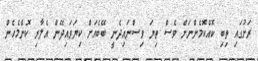
ރަށުގައި ތިބި ކޮއްކޮމެންނަށް ވެސް ތިޔަ ވިސްނައިދެނީ ބޭބެއަށް ކިޔަވައިދޭން އެލާރި ކޮންމެހެން